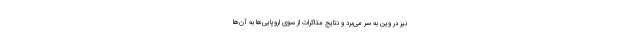
نیز در وین به سر می‌برد و نتایج مذاکرات از سوی اروپایی‌ها به آن‌ها